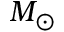
M _ { \odot }